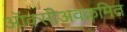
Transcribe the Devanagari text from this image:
ऑक्सीअवक्रमित